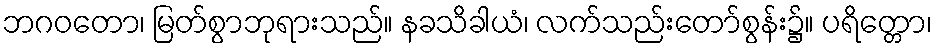
ဘဂဝတော၊ မြတ်စွာဘုရားသည်။ နခသိခါယံ၊ လက်သည်းတော်စွန်း၌။ ပရိတ္တော၊